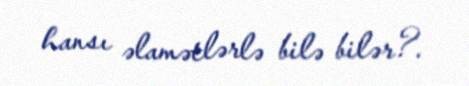
hansı əlamətlərlə bilə bilər?.